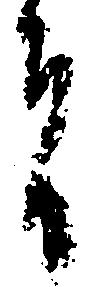
者